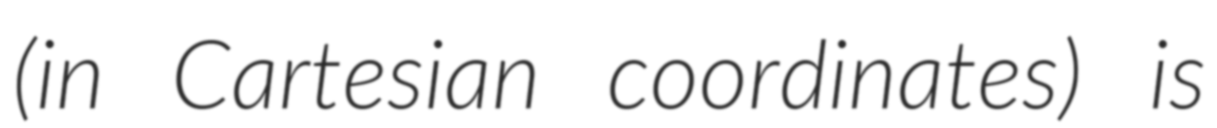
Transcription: (in Cartesian coordinates) is